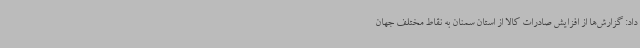
داد: گزارش‌ها از افزایش صادرات کالا از استان سمنان به نقاط مختلف جهان